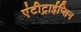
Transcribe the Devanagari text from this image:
एंटीट्राईप्सिन